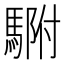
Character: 䮛